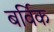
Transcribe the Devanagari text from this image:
बर्विक